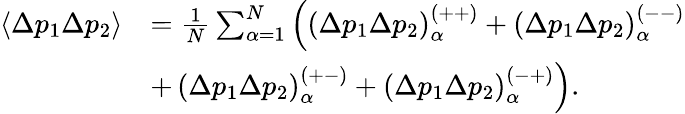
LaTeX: \begin{array}{rl}{\left\langle\Delta p_{1}\Delta p_{2}\right\rangle}&{=\frac{1}{N}\sum_{\alpha=1}^{N}\left(\left(\Delta p_{1}\Delta p_{2}\right)_{\alpha}^{\left(++\right)}+\left(\Delta p_{1}\Delta p_{2}\right)_{\alpha}^{\left(--\right)}\right.}\\ &{+\left.\left(\Delta p_{1}\Delta p_{2}\right)_{\alpha}^{\left(+-\right)}+\left(\Delta p_{1}\Delta p_{2}\right)_{\alpha}^{\left(-+\right)}\right).}\end{array}